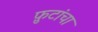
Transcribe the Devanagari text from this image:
फ़ुटांचा